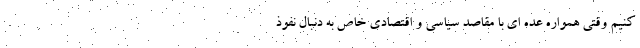
کنیم وقتی همواره عده ای با مقاصد سیاسی و اقتصادی خاص به دنبال نفوذ